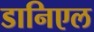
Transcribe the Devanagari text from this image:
डानिएल